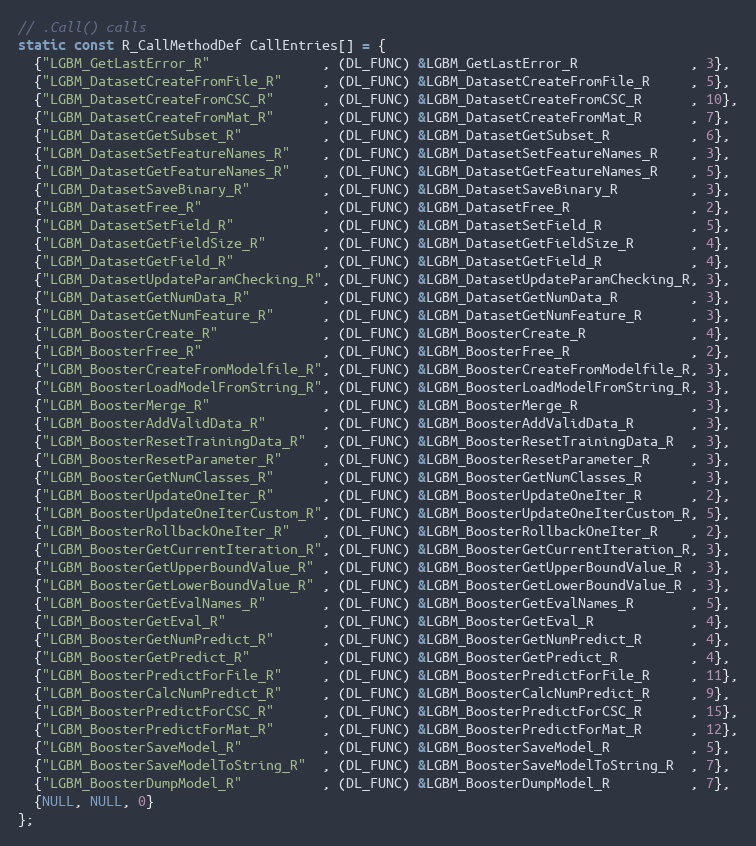
Language: C++
// .Call() calls
static const R_CallMethodDef CallEntries[] = {
  {"LGBM_GetLastError_R"              , (DL_FUNC) &LGBM_GetLastError_R              , 3},
  {"LGBM_DatasetCreateFromFile_R"     , (DL_FUNC) &LGBM_DatasetCreateFromFile_R     , 5},
  {"LGBM_DatasetCreateFromCSC_R"      , (DL_FUNC) &LGBM_DatasetCreateFromCSC_R      , 10},
  {"LGBM_DatasetCreateFromMat_R"      , (DL_FUNC) &LGBM_DatasetCreateFromMat_R      , 7},
  {"LGBM_DatasetGetSubset_R"          , (DL_FUNC) &LGBM_DatasetGetSubset_R          , 6},
  {"LGBM_DatasetSetFeatureNames_R"    , (DL_FUNC) &LGBM_DatasetSetFeatureNames_R    , 3},
  {"LGBM_DatasetGetFeatureNames_R"    , (DL_FUNC) &LGBM_DatasetGetFeatureNames_R    , 5},
  {"LGBM_DatasetSaveBinary_R"         , (DL_FUNC) &LGBM_DatasetSaveBinary_R         , 3},
  {"LGBM_DatasetFree_R"               , (DL_FUNC) &LGBM_DatasetFree_R               , 2},
  {"LGBM_DatasetSetField_R"           , (DL_FUNC) &LGBM_DatasetSetField_R           , 5},
  {"LGBM_DatasetGetFieldSize_R"       , (DL_FUNC) &LGBM_DatasetGetFieldSize_R       , 4},
  {"LGBM_DatasetGetField_R"           , (DL_FUNC) &LGBM_DatasetGetField_R           , 4},
  {"LGBM_DatasetUpdateParamChecking_R", (DL_FUNC) &LGBM_DatasetUpdateParamChecking_R, 3},
  {"LGBM_DatasetGetNumData_R"         , (DL_FUNC) &LGBM_DatasetGetNumData_R         , 3},
  {"LGBM_DatasetGetNumFeature_R"      , (DL_FUNC) &LGBM_DatasetGetNumFeature_R      , 3},
  {"LGBM_BoosterCreate_R"             , (DL_FUNC) &LGBM_BoosterCreate_R             , 4},
  {"LGBM_BoosterFree_R"               , (DL_FUNC) &LGBM_BoosterFree_R               , 2},
  {"LGBM_BoosterCreateFromModelfile_R", (DL_FUNC) &LGBM_BoosterCreateFromModelfile_R, 3},
  {"LGBM_BoosterLoadModelFromString_R", (DL_FUNC) &LGBM_BoosterLoadModelFromString_R, 3},
  {"LGBM_BoosterMerge_R"              , (DL_FUNC) &LGBM_BoosterMerge_R              , 3},
  {"LGBM_BoosterAddValidData_R"       , (DL_FUNC) &LGBM_BoosterAddValidData_R       , 3},
  {"LGBM_BoosterResetTrainingData_R"  , (DL_FUNC) &LGBM_BoosterResetTrainingData_R  , 3},
  {"LGBM_BoosterResetParameter_R"     , (DL_FUNC) &LGBM_BoosterResetParameter_R     , 3},
  {"LGBM_BoosterGetNumClasses_R"      , (DL_FUNC) &LGBM_BoosterGetNumClasses_R      , 3},
  {"LGBM_BoosterUpdateOneIter_R"      , (DL_FUNC) &LGBM_BoosterUpdateOneIter_R      , 2},
  {"LGBM_BoosterUpdateOneIterCustom_R", (DL_FUNC) &LGBM_BoosterUpdateOneIterCustom_R, 5},
  {"LGBM_BoosterRollbackOneIter_R"    , (DL_FUNC) &LGBM_BoosterRollbackOneIter_R    , 2},
  {"LGBM_BoosterGetCurrentIteration_R", (DL_FUNC) &LGBM_BoosterGetCurrentIteration_R, 3},
  {"LGBM_BoosterGetUpperBoundValue_R" , (DL_FUNC) &LGBM_BoosterGetUpperBoundValue_R , 3},
  {"LGBM_BoosterGetLowerBoundValue_R" , (DL_FUNC) &LGBM_BoosterGetLowerBoundValue_R , 3},
  {"LGBM_BoosterGetEvalNames_R"       , (DL_FUNC) &LGBM_BoosterGetEvalNames_R       , 5},
  {"LGBM_BoosterGetEval_R"            , (DL_FUNC) &LGBM_BoosterGetEval_R            , 4},
  {"LGBM_BoosterGetNumPredict_R"      , (DL_FUNC) &LGBM_BoosterGetNumPredict_R      , 4},
  {"LGBM_BoosterGetPredict_R"         , (DL_FUNC) &LGBM_BoosterGetPredict_R         , 4},
  {"LGBM_BoosterPredictForFile_R"     , (DL_FUNC) &LGBM_BoosterPredictForFile_R     , 11},
  {"LGBM_BoosterCalcNumPredict_R"     , (DL_FUNC) &LGBM_BoosterCalcNumPredict_R     , 9},
  {"LGBM_BoosterPredictForCSC_R"      , (DL_FUNC) &LGBM_BoosterPredictForCSC_R      , 15},
  {"LGBM_BoosterPredictForMat_R"      , (DL_FUNC) &LGBM_BoosterPredictForMat_R      , 12},
  {"LGBM_BoosterSaveModel_R"          , (DL_FUNC) &LGBM_BoosterSaveModel_R          , 5},
  {"LGBM_BoosterSaveModelToString_R"  , (DL_FUNC) &LGBM_BoosterSaveModelToString_R  , 7},
  {"LGBM_BoosterDumpModel_R"          , (DL_FUNC) &LGBM_BoosterDumpModel_R          , 7},
  {NULL, NULL, 0}
};